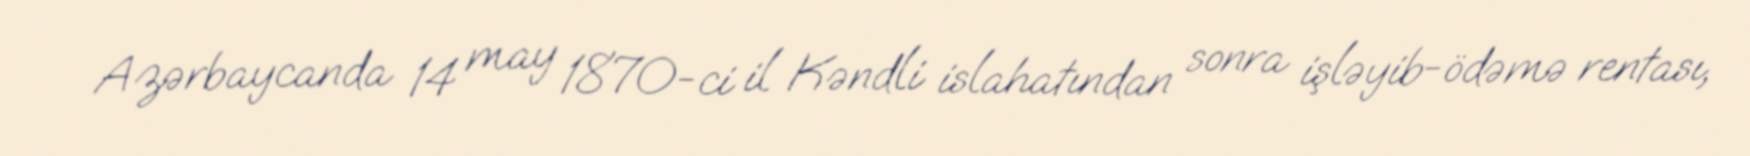
Azərbaycanda 14 may 1870-ci il Kəndli islahatından sonra işləyib-ödəmə rentası,